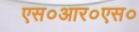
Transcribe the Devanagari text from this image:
एस०आर०एस०